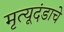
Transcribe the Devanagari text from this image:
मृत्यूदंडाचे